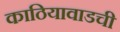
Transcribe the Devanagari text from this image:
काठियावाडची